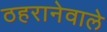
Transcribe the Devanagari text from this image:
ठहरानेवाले